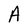
Character: A